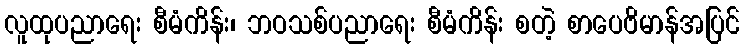
လူထုပညာရေး စီမံကိန်း၊ ဘဝသစ်ပညာရေး စီမံကိန်း စတဲ့ စာပေဗိမာန်အပြင်